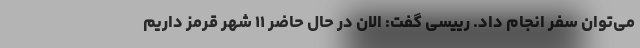
می‌توان سفر انجام داد. رییسی گفت: الان در حال حاضر ۱۱ شهر قرمز داریم